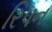
રિપન